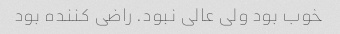
خوب بود ولی عالی نبود. راضی کننده بود